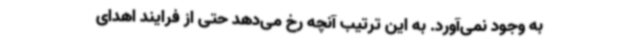
به وجود نمی‌آورد. به این ترتیب آنچه رخ می‌دهد حتی از فرایند اهدای